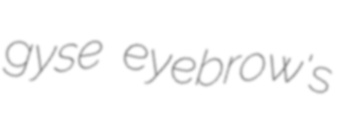
gyse eyebrow's